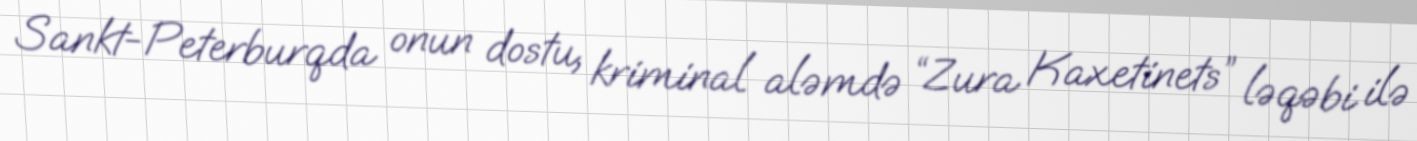
Sankt-Peterburqda onun dostu, kriminal aləmdə “Zura Kaxetinets” ləqəbi ilə